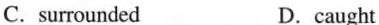
C.surrounded